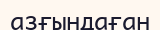
азғындаған